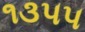
૧૩૫૫